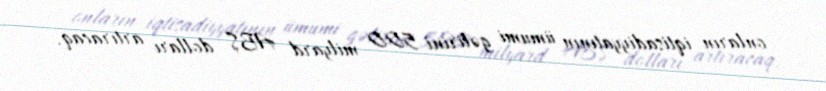
onların iqtisadiyyatının ümumi gəlirini 500 milyard ABŞ dolları artıracaq.